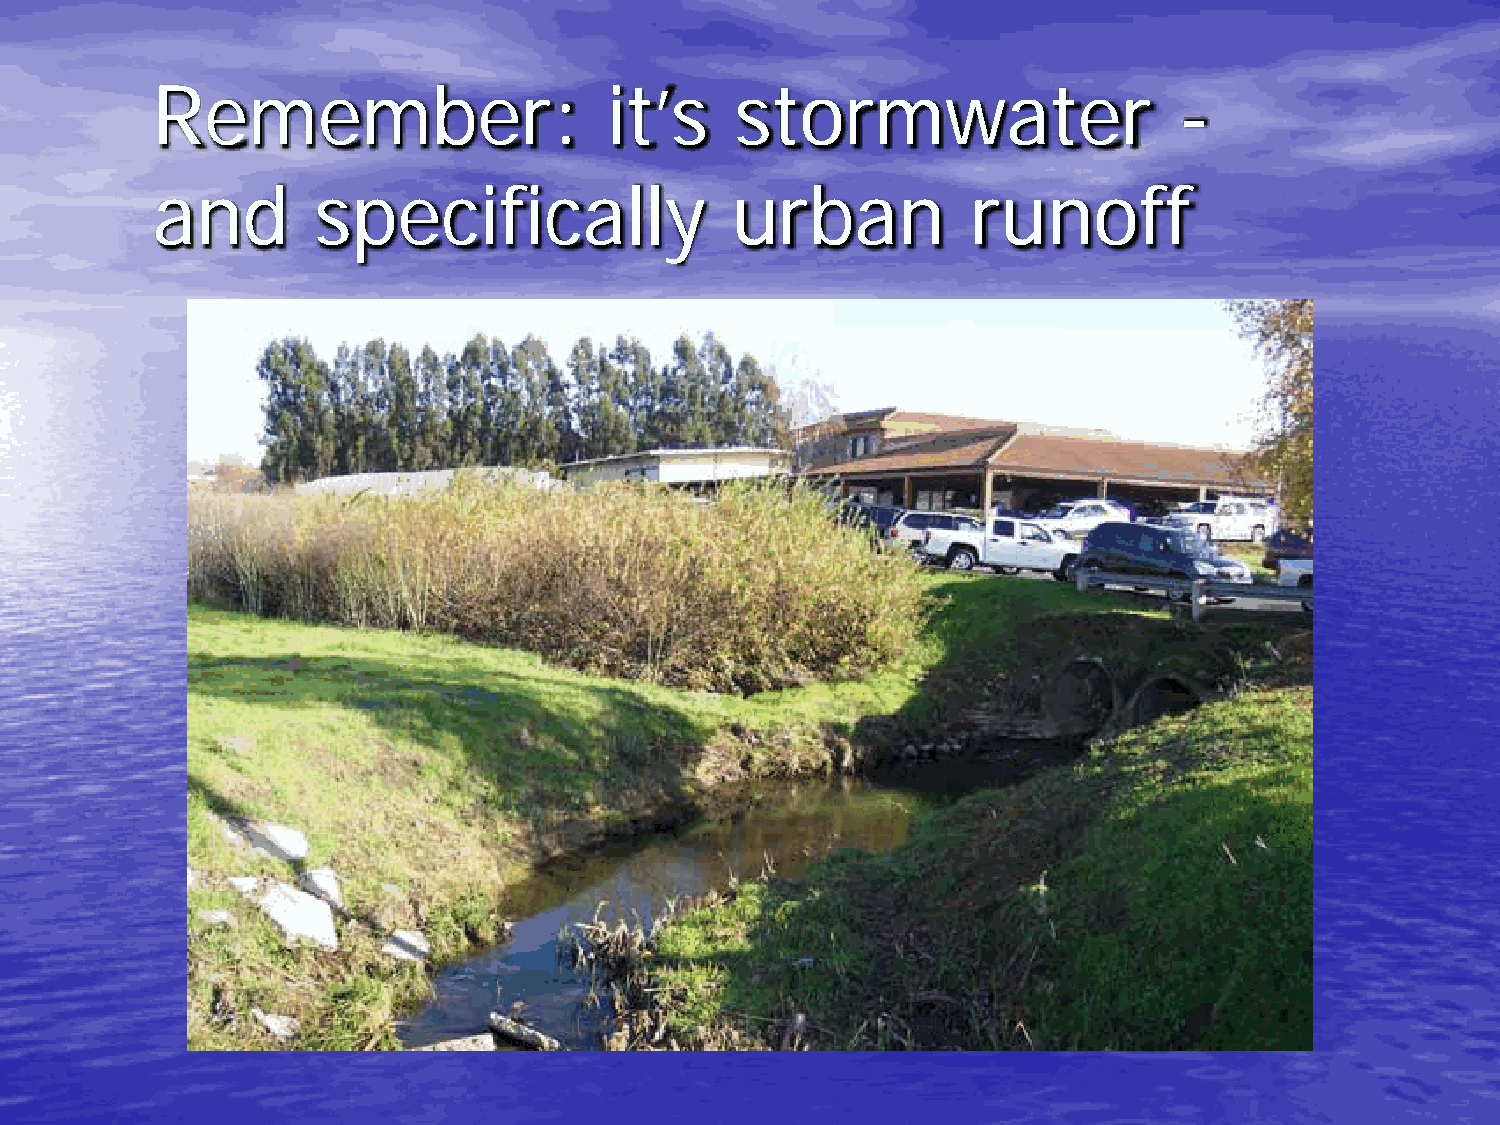
Remember:                     it’s     stormwater                   -
 and        specifically               urban           runoff